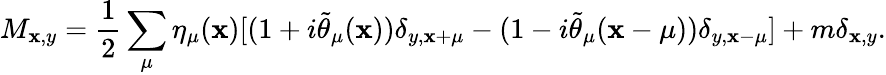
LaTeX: M_{\mathbf{x},y}=\frac{{1}}{{2}}\sum_{\mu}\eta_{\mu}(\mathbf{x})[(1+i\tilde{{\theta}}_{\mu}(\mathbf{x}))\delta_{y,\mathbf{x}+\mu}-(1-i\tilde{{\theta}}_{\mu}(\mathbf{x}-\mu))\delta_{y,\mathbf{x}-\mu}]+m\delta_{\mathbf{x},y}.